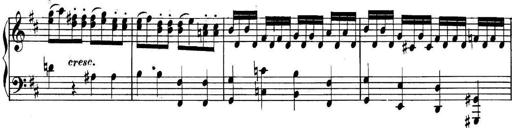
Title: Collected Piano Sonatas
Composer: Muzio Clementi